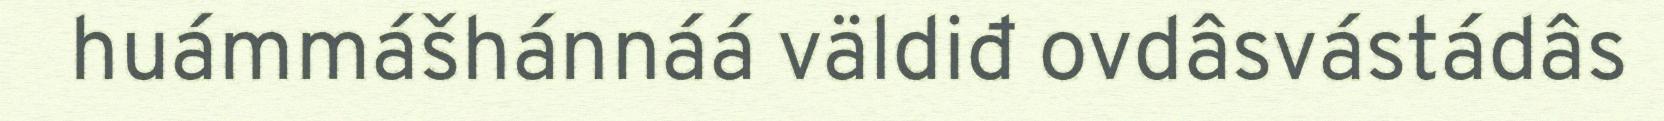
huámmášhánnáá väldiđ ovdâsvástádâs